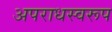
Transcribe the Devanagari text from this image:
अपराधस्वरूप